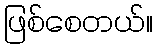
ဖြစ်စေတယ်။